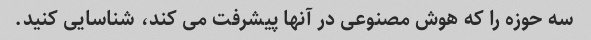
سه حوزه را که هوش مصنوعی در آنها پیشرفت می کند، شناسایی کنید.